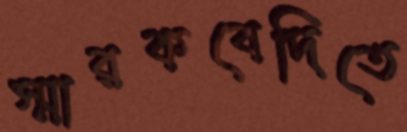
স্মারকবেদিতে